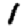
Digit: 1